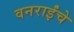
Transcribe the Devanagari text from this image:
वनराईंचे